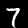
Label: 7